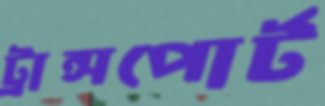
ট্রান্সপোর্ট